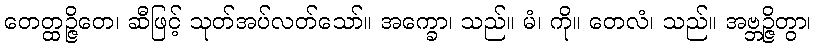
တေတ္ထဉ္ဇိတေ၊ ဆီဖြင့် သုတ်အပ်လတ်သော်။ အက္ခော၊ သည်။ မံ၊ ကို။ တေလံ၊ သည်။ အဗ္ဘဉ္ဇိတွာ၊